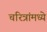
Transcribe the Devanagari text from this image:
चरित्रांमध्ये